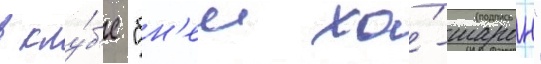
в клу́б'е "бн'еи ха́-шарон"